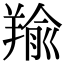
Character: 羭